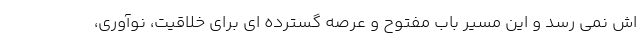
اش نمی رسد و این مسیر باب مفتوح و عرصه گسترده ای برای خلاقیت، نوآوری،